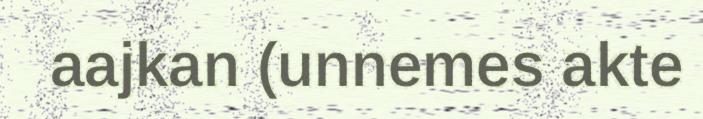
aajkan (unnemes akte